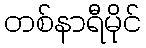
တစ်နာရီမိုင်